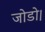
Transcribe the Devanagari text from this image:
जोडो।